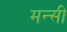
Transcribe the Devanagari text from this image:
मन्सी